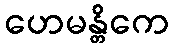
ဟေမန္တိကေ